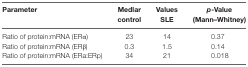
| Parameter | Medlar control | Values SLE | p-Value (Mann–Whitney) |
 | --- | --- | --- | --- |
 | Ratio of protein:mRNA (Erα) | 23 | 14 | 0.37 |
 | Ratio of protein:mRNA (ERβ) | 0.3 | 1.5 | 0.14 |
 | Ratio of protein:mRNA (ERa:ERp) | 34 | 21 | 0.018 |